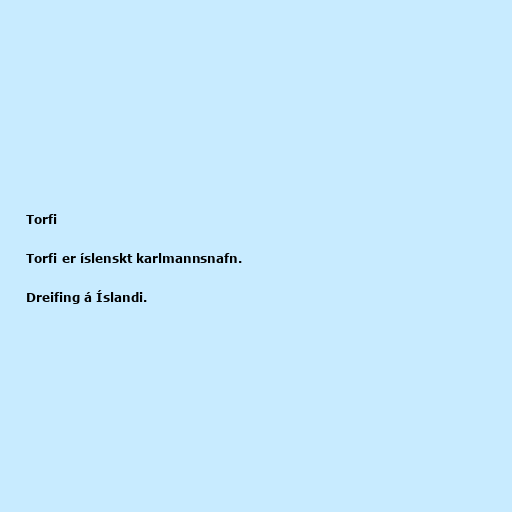
Torfi

Torfi er íslenskt karlmannsnafn.

Dreifing á Íslandi.